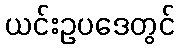
ယင်းဥပဒေတွင်